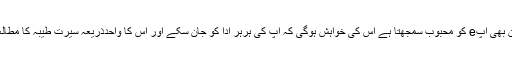
جو مسلمان بھی آپe کو محبوب سمجھتا ہے اس کی خواہش ہوگی کہ آپ کی ہرہر ادا کو جان سکے اور اس کا واحدذریعہ سیرت طیبہ کا مطالعہ ہی ہے۔